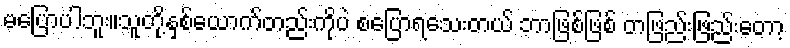
မပြောပါဘူး။သူတို့နှစ်ယောက်တည်းကိုပဲ စပြောရသေးတယ် ဘာဖြစ်ဖြစ် တဖြည်းဖြည်းတော့